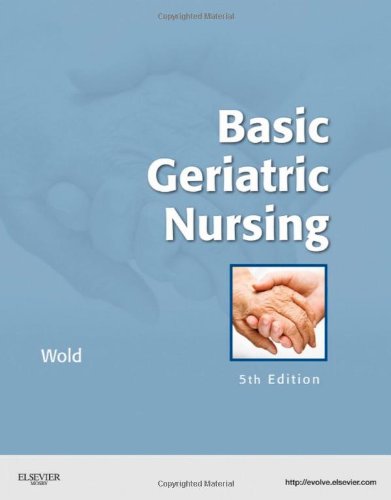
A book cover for Basic Geriatric Nursing, 5e (Wold, Basic Geriatric Nursing); Gloria Hoffman Wold RN  BSN  MS; Medical Books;